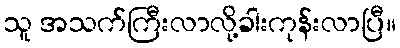
သူ အသက်ကြီးလာလို့ခါးကုန်းလာပြီ။